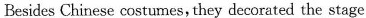
Besides Chinese costumes, they decorated the stage